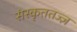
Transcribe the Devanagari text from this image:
संस्कृततज्ज्ञ